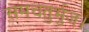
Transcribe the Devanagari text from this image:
समचतुर्भुज।